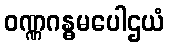
ဝဏ္ဏဂန္ဓမပေါဌယံ